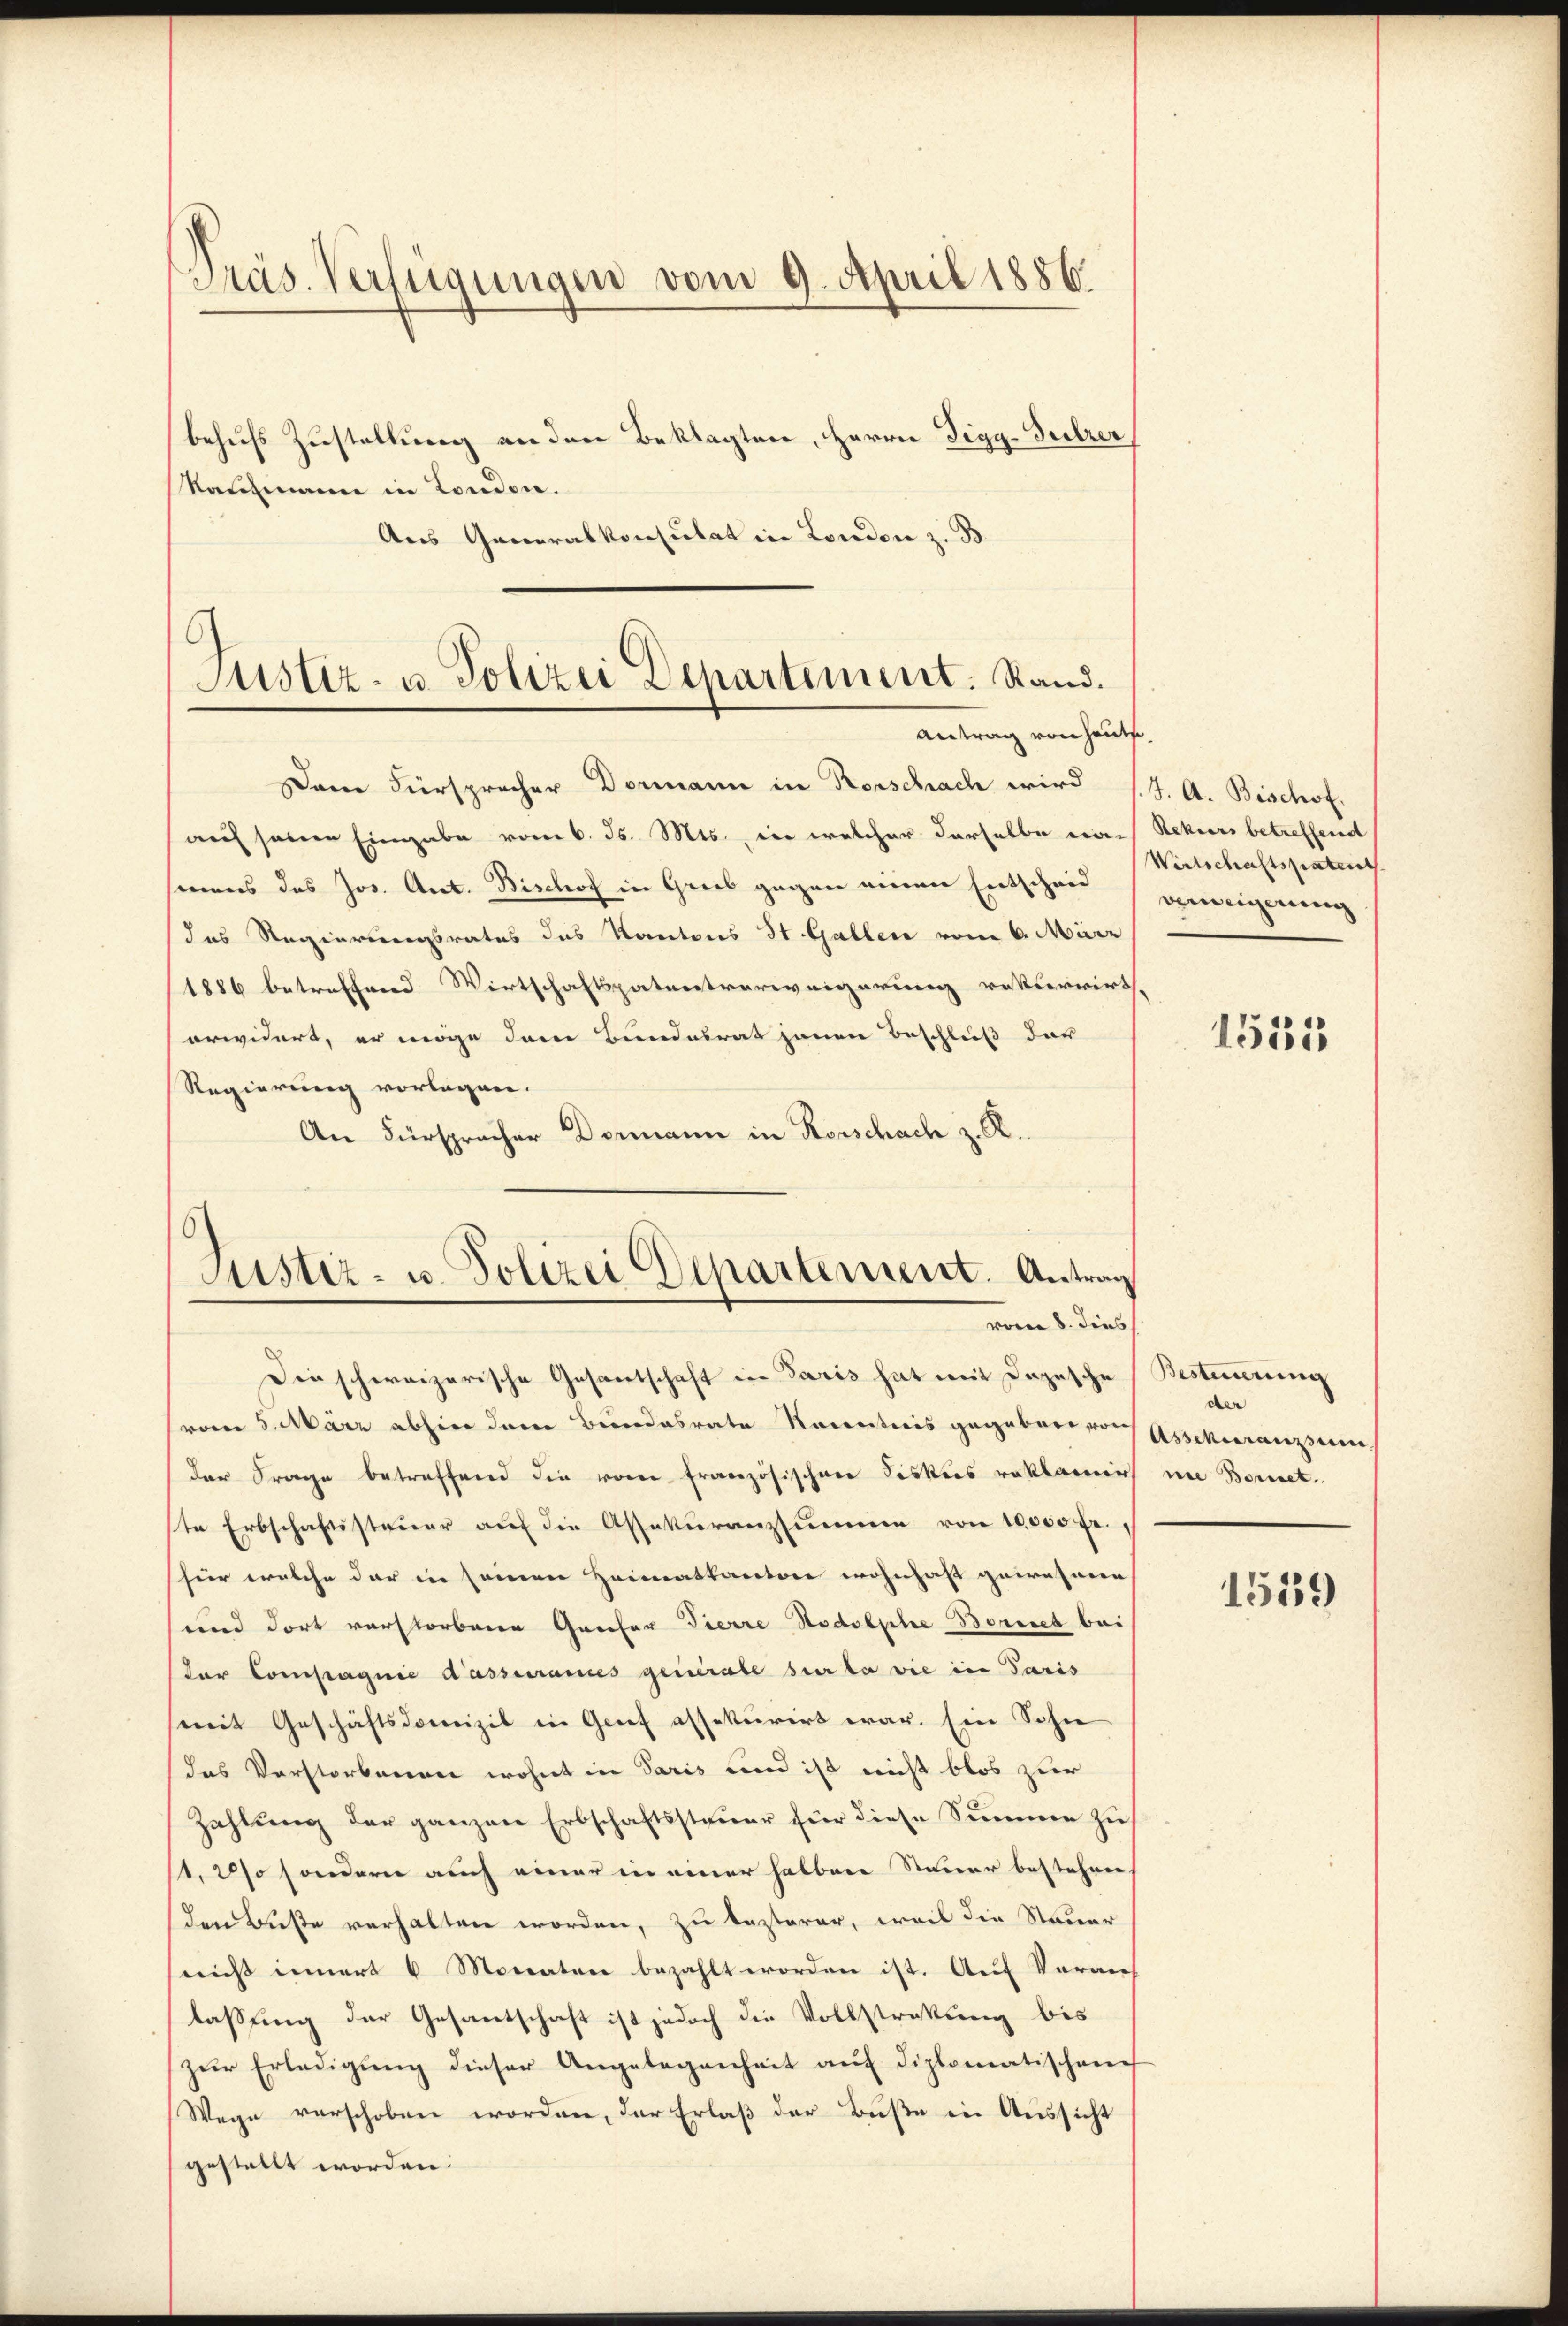
Präs. Verfügungen vom 9. April 1856.

behufs Zustellung an den Beklagten, Herrn Digg-Gurer
Raufmann in London.
Aus Generalkonsulat in London z. B.

Dan Fürsprecher Dormann in Rorschach wird (J. A. Bischof.
auf seinen Eingabe vom 6. Js. Mts., er welcher derselbe eine Rekurs betreffend
siens des Jos. Ant. Bischof in Greb gegen einen Entscheid
das Regierungsrates das Kantons St. Gallen vom 6. März
1886 betreffend Wirtschaftspatentverweigerung rekurrirt,
erwidert, er möge dem Bundesrat jenen Beschluß der
Regierung vorlagen.
An Fürspracher Dormann in Rorschach z. R.

Justiz- u. Polizei Departement. Stand.
Antrag von heute.

Justiz- u. Polizei Departement. Antrag
vom 8. dies

Die schweizerische Gesantschaft in Paris hat mit Depesche
vom 5. März abhin dem Bundesrate Kenntnis gegebenen Assekuranzsum
der Frage betreffend die vom französischen Fiskus reklamier
te Erbschaftssteuer auf die Assekuranzsumme von 10000 fr.
hier welche der in seinen Heimatkanton wohnhaft gewohnen
und dort verstorbene Grafer Tierre Nodolphe Bernet bei
Der Compagnie dassurames generale sur la wie in Paris
(mit Geschäftsdomizil in Grief assekurirt war. Ein Sohne
das Verstorbenen wohnt in Paris und ist nicht blos zur
Zahlung der ganzen Erbschaftssteuer für diese Simmen zu
t, 2 so sondern auch einer in einer halben Steuer bestehen
den Buße verhalten worden, zu lezterer, weil die Steuer
nicht innert 6 Monaten bezahlt worden ist. Auf Vorauf
lassung der Gesantschaft ist jedoch die Vollstratung bis
zur Erledigung dieser Angelegenheit auf diplomatischen
Wege verschoben worden, der Erlaß der Buße in Aussicht
gestellt worden.

Wirtschaftspatent
verweigerung

1531

Bestimmung
der
nie Bornet.

1559